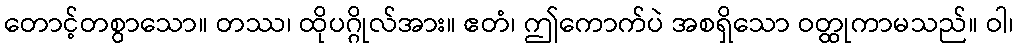
တောင့်တစွာသော။ တဿ၊ ထိုပဂ္ဂိုလ်အား။ ဧတံ၊ ဤကောက်ပဲ အစရှိသော ဝတ္ထုကာမသည်။ ဝါ၊